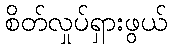
စိတ်လှုပ်ရှားဖွယ်